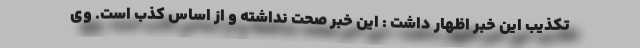
تکذیب این خبر اظهار داشت : این خبر صحت نداشته و از اساس کذب است. وی